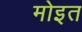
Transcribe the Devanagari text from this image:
मोइत